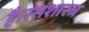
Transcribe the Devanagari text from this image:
है।रसशास्त्र